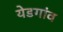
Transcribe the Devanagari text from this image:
येडगांव